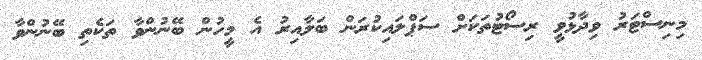
މިނިސްޓަރު ވިދާޅުވީ ރިސޯޓުތަކަށް ސަޕްލައިކުރަން ބަލާއިރު އެ މީހުން ބޭނުންވާ ތަކެތި ބޭނުންވާ